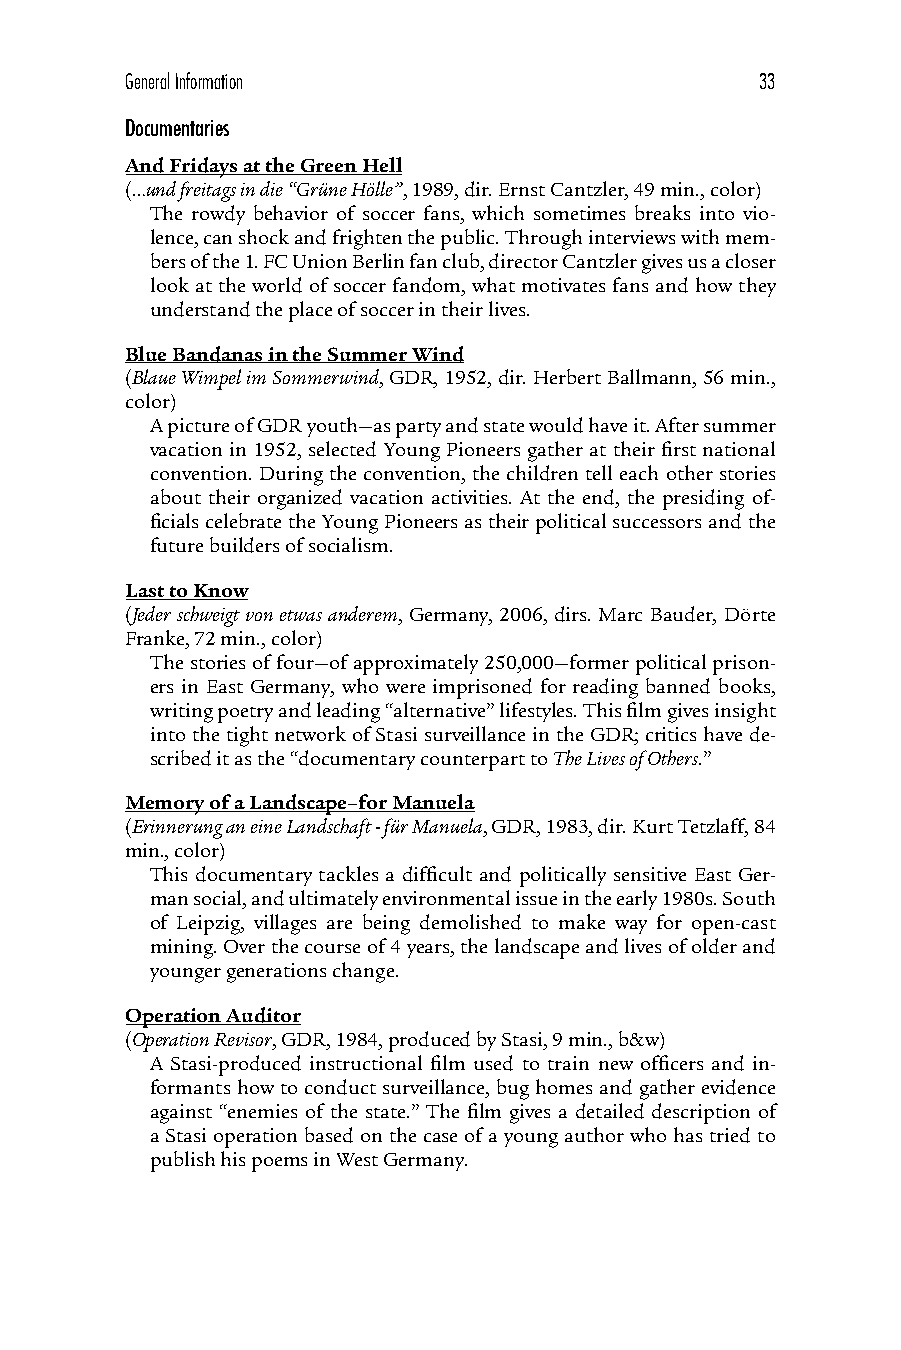
General Information                       33
 Documentaries
 And Fridays at the Green Hell
 (…und freitags in die “Grüne Hölle”, 1989, dir. Ernst Cantzler, 49 min., color)
 The rowdy behavior of soccer fans, which sometimes breaks into vio-
 lence, can shock and frighten the public. Through interviews with mem-
 bers of the 1. FC Union Berlin fan club, director Cantzler gives us a closer
 look at the world of soccer fandom, what motivates fans and how they
 understand the place of soccer in their lives.
 Blue Bandanas in the Summer Wind
 (Blaue Wimpel im Sommerwind, GDR, 1952, dir. Herbert Ballmann, 56 min.,
 color)
 A picture of GDR youth—as party and state would have it. After summer
 vacation in 1952, selected Young Pioneers gather at their first national
 convention. During the convention, the children tell each other stories
 about their organized vacation activities. At the end, the presiding of-
 ficials celebrate the Young Pioneers as their political successors and the
 future builders of socialism.
 Last to Know
 (Jeder schweigt von etwas anderem, Germany, 2006, dirs. Marc Bauder, Dörte
 Franke, 72 min., color)
 The stories of four—of approximately 250,000—former political prison-
 ers in East Germany, who were imprisoned for reading banned books,
 writing poetry and leading “alternative” lifestyles. This film gives insight
 into the tight network of Stasi surveillance in the GDR; critics have de-
 scribed it as the “documentary counterpart to The Lives of Others.”
 Memory of a Landscape–for Manuela
 (Erinnerung an eine Landschaft - für Manuela, GDR, 1983, dir. Kurt Tetzlaff, 84
 min., color)
 This documentary tackles a difficult and politically sensitive East Ger-
 man social, and ultimately environmental issue in the early 1980s. South
 of Leipzig, villages are being demolished to make way for open-cast
 mining. Over the course of 4 years, the landscape and lives of older and
 younger generations change.
 Operation Auditor
 (Operation Revisor, GDR, 1984, produced by Stasi, 9 min., b&w)
 A Stasi-produced instructional film used to train new officers and in-
 formants how to conduct surveillance, bug homes and gather evidence
 against “enemies of the state.” The film gives a detailed description of
 a Stasi operation based on the case of a young author who has tried to
 publish his poems in West Germany.